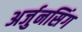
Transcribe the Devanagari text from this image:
अर्जुनसिंग